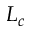
L _ { c }